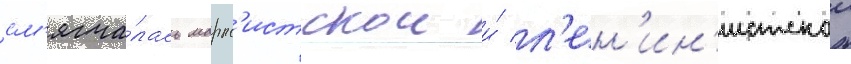
см'ягча́лась маркс'истскои и́ л'ен'ин'истскои